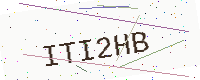
Text: ITI2HB